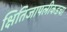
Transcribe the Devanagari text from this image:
क्षितिजापलीकडचा